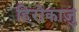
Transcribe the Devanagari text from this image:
हिरोकाज़ु